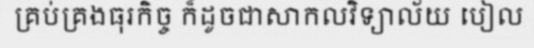
គ្រប់គ្រងធុរកិច្ច ក៏ដូចជាសាកលវិទ្យាល័យ បៀល